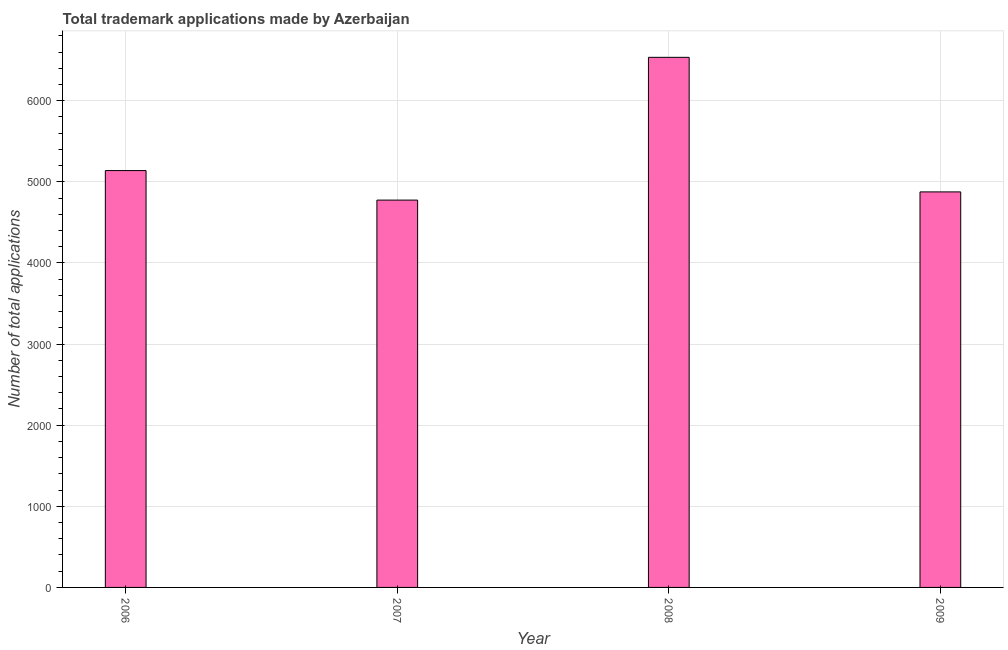
| Year | Trademark applications |
 | --- | --- |
 | 2006 | 5.14e+03 |
 | 2007 | 4.78e+03 |
 | 2008 | 6.54e+03 |
 | 2009 | 4.88e+03 |